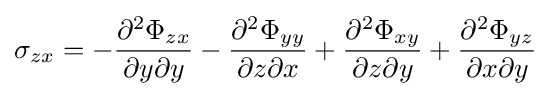
\sigma _{zx}=-{\frac {\partial ^{2}\Phi _{zx}}{\partial y\partial y}}-{\frac {\partial ^{2}\Phi _{yy}}{\partial z\partial x}}+{\frac {\partial ^{2}\Phi _{xy}}{\partial z\partial y}}+{\frac {\partial ^{2}\Phi _{yz}}{\partial x\partial y}}